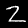
Digit: 2